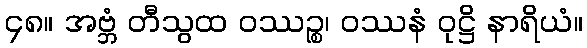
၄၈။ အဗ္ဘံ တီသွထ ဝဿဉ္စ၊ ဝဿနံ ဝုဋ္ဌိ နာရိယံ။